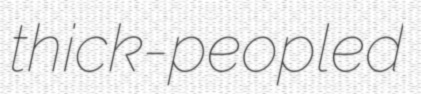
thick-peopled